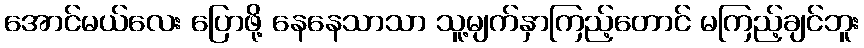
အောင်မယ်လေး ပြောဖို့ နေနေသာသာ သူ့မျက်နှာကြည့်တောင် မကြည့်ချင်ဘူး